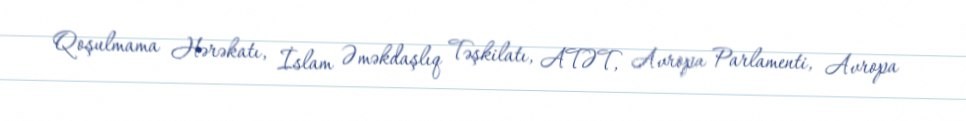
Qoşulmama Hərəkatı, İslam Əməkdaşlıq Təşkilatı, ATƏT, Avropa Parlamenti, Avropa